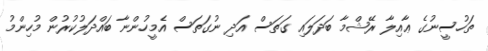
ތަހުސީނުގެ ޢާއިލާ ރޭޝްމާ ބަދަލައި ގަތަސް އަދި ނުގަތަސް އެމީހުންނާ ބައްދަލުކުރުން މުހިންމު